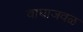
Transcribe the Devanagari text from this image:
वाघाजवळ